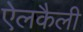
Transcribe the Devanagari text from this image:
ऐलकैली